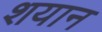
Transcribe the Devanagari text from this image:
शयान